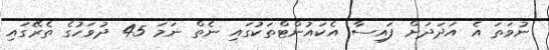
ނުވަތަ އެ އަދަދަށް ފައިސާ އެކައުންޓްތަކުގައި ނެތް ނަމަ 45 ދުވަހުގެ ތެރޭގައި